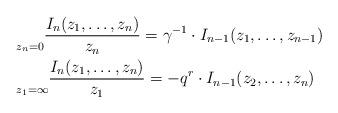
LaTeX: \begin{align*}&\underset{z_n = 0}{} \frac {I_n(z_1,\dots,z_n)}{z_n} = \gamma^{-1} \cdot I_{n-1}(z_1,\dots,z_{n-1}) \\&\underset{z_1 = \infty}{} \frac {I_n(z_1,\dots,z_n)}{z_1} = - q^r \cdot I_{n-1}(z_2,\dots,z_n) \end{align*}